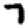
Digit: 7